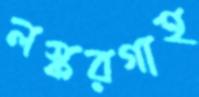
লস্করগাহ